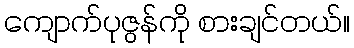
ကျောက်ပုဇွန်ကို စားချင်တယ်။